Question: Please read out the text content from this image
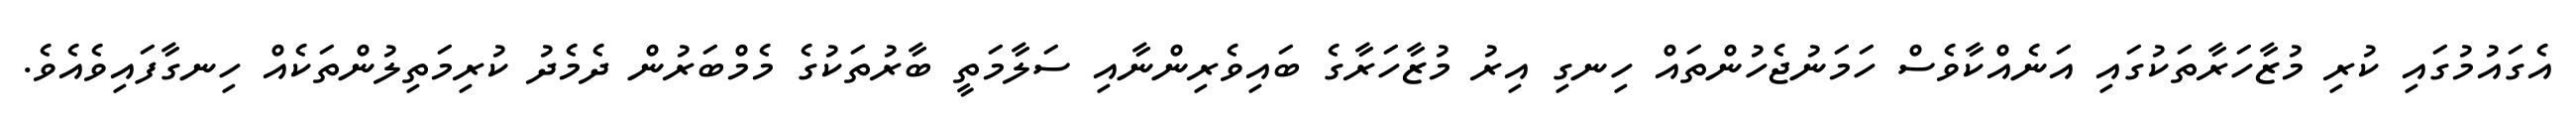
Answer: އެގައުމުގައި ކުރި މުޒާހަރާތަކުގައި އަނެއްކާވެސް ހަމަނުޖެހުންތައް ހިނގި އިރު މުޒާހަރާގެ ބައިވެރިންނާއި ސަލާމަތީ ބާރުތަކުގެ މެމްބަރުން ދެމެދު ކުރިމަތިލުންތަކެއް ހިނގާފައިވެއެވެ.